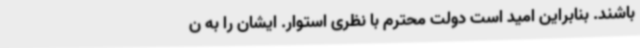
باشند. بنابراین امید است دولت محترم با نظری استوار. ایشان را به ن